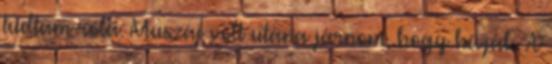
tudtam róla. Muszáj volt utána járnom, hogy hívják. A